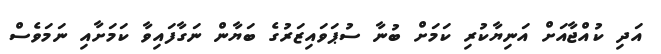
އަދި ކުއްޖާއަށް އަނިޔާކުރި ކަމަށް ބުނާ ސުޕަވައިޒަރުގެ ބަޔާން ނަގާފައިވާ ކަމަށާއި ނަމަވެސް